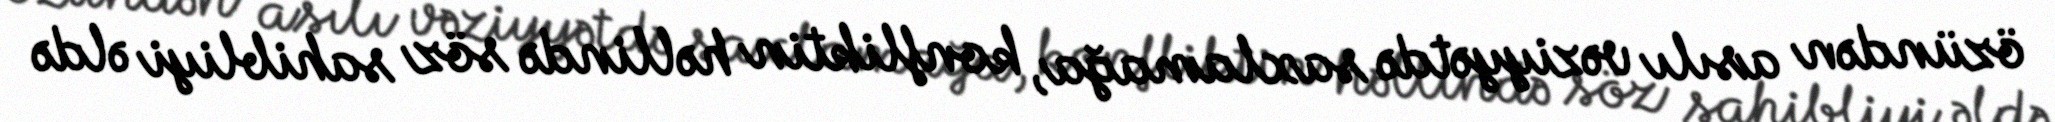
özündən asılı vəziyyətdə saxlamağa, konfliktin həllində söz sahibliyi əldə